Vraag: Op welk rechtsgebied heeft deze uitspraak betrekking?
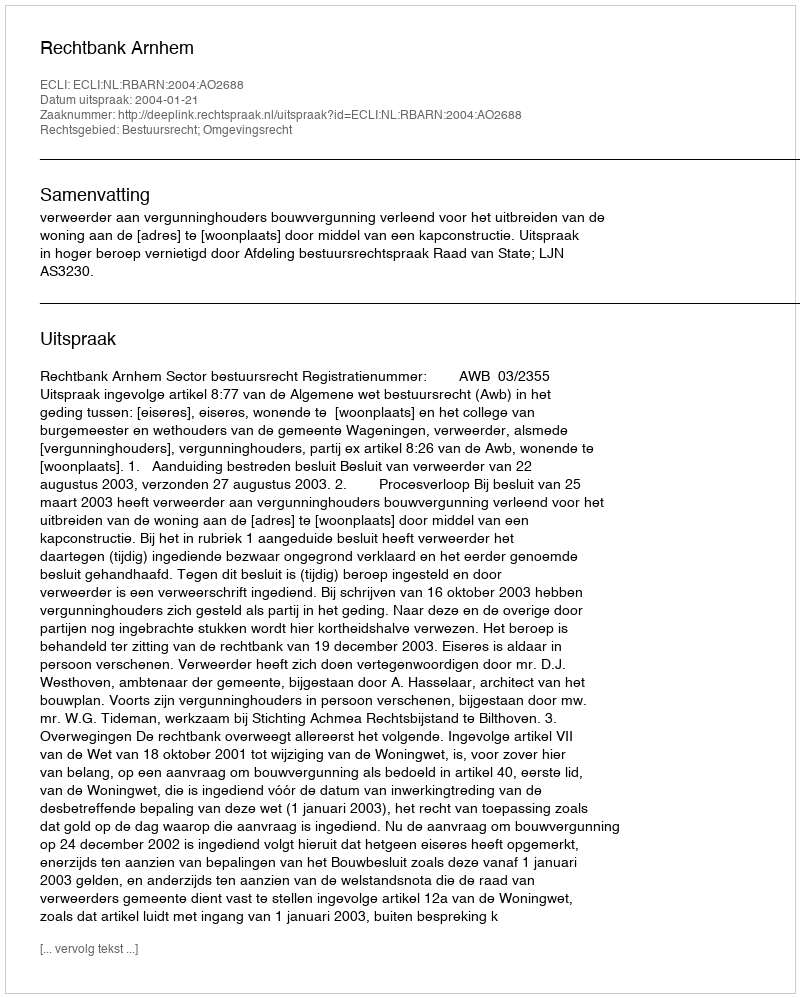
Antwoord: Bestuursrecht; Omgevingsrecht